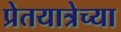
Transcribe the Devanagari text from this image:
प्रेतयात्रेच्या